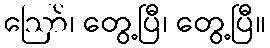
ဪ၊ တွေ့ပြီ၊ တွေ့ပြီ။